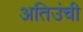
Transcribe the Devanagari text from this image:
अतिउंची